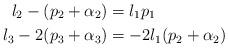
LaTeX: \begin{align*}l_2 - (p_2 + \alpha_2) &= l_1p_1\\l_3 - 2(p_3 + \alpha_3) &= -2l_1(p_2 + \alpha_2)\end{align*}